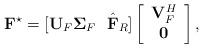
LaTeX: \begin{align*} \mathbf{F}^\star = [\mathbf{U}_F\mathbf{\Sigma}_F~~\hat{\mathbf{F}}_R] \left[ \begin{array}{c}\mathbf{V}_F^H \\\mathbf{0} \\\end{array} \right],\end{align*}